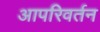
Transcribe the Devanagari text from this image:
आपरिवर्तन